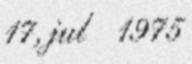
17, jul 1975